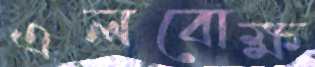
এলবোক্ষ